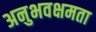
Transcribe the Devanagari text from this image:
अनुभवक्षमता